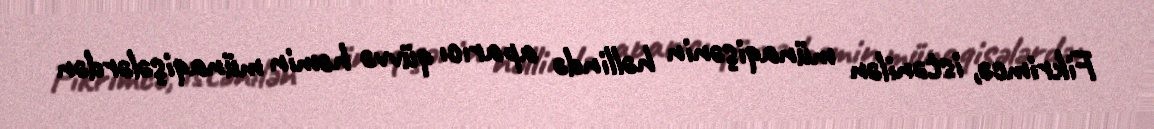
Fikrimcə, istənilən münaqişənin həllində aparıcı qüvvə həmin münaqişələrdən